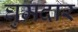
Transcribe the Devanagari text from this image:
घुमदार